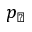
p _ { \perp }